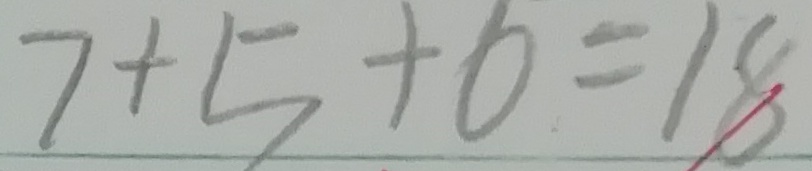
7 + 5 + 6 = 1 8